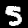
Label: 5